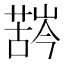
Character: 𱾛